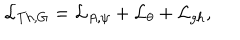
{ \cal L } _ { T h , G } = { \cal L } _ { A , \psi } + { \cal L } _ { \theta } + { \cal L } _ { g h } ,